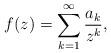
LaTeX: \begin{align*}f(z)=\sum_{k=1}^{\infty}{\frac{a_{k}}{z^{k}}},\end{align*}